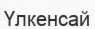
Үлкенсай